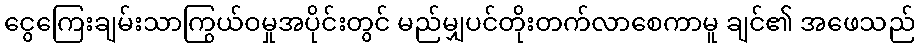
ငွေကြေးချမ်းသာကြွယ်ဝမှုအပိုင်းတွင် မည်မျှပင်တိုးတက်လာစေကာမူ ချင်၏ အဖေသည်